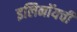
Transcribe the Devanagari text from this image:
इलिनॉयची